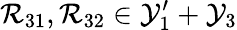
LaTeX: \mathcal{R}_{31},\mathcal{R}_{32}\in\mathcal{Y}_{1}^{\prime}+\mathcal{Y}_{3}